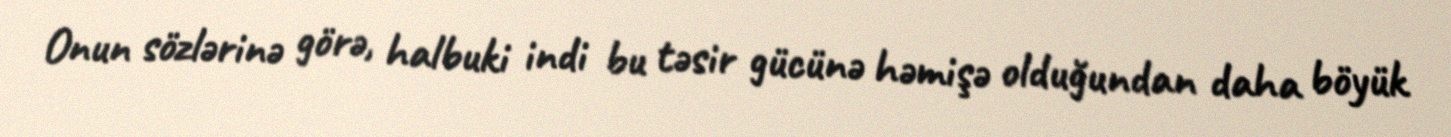
Onun sözlərinə görə, halbuki indi bu təsir gücünə həmişə olduğundan daha böyük